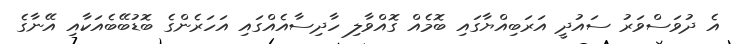
އެ ދުވަސްވަރު ސައުދީ އަރަބިއްޔާގައި ބޮމެއް ގޮއްވާލި ހާދިސާއެއްގައި އަހަރެންގެ ބޮޑުބޭބެއަކާއި އޭނާގެ